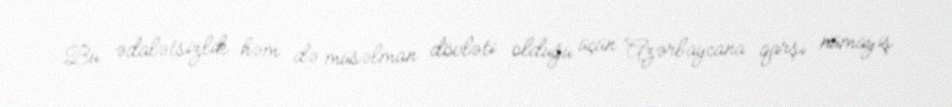
Bu ədalətsizlik həm də müsəlman dövləti olduğu üçün Azərbaycana qarşı nümayiş